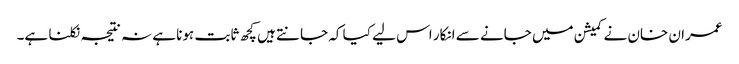
عمران خان نے کمیشن میں جانے سے انکار اس لیے کیا کہ جانتے ہیں کچھ ثابت ہونا ہے نہ نتیجہ نکلنا ہے۔